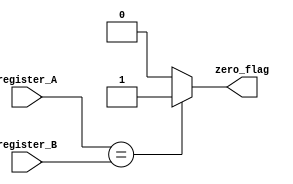
module EQ (
    input wire [19:0] register_A,
    input wire [19:0] register_B,
    output reg zero_flag
);

// EQ operation
always @(*) begin
    if (register_A == register_B) begin
        zero_flag = 1; // Set zero flag to 1 if register A is equal to register B
    end
    else begin
        zero_flag = 0; // Set zero flag to 0 otherwise
    end
end

endmodule